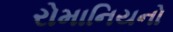
રોમાનિયનો